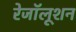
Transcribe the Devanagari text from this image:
रेजॉलूशन